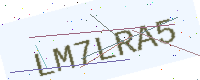
Text: LM7LRA5